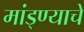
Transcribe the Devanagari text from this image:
मांड्ण्याचे